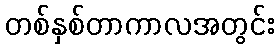
တစ်နှစ်တာကာလအတွင်း